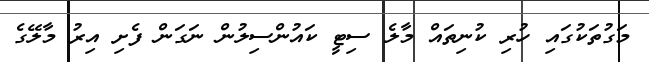
މަގުތަކުގައި ހުރި ކުނިތައް މާލެ ސިޓީ ކައުންސިލުން ނަގަން ފެށި އިރު މާލޭގެ